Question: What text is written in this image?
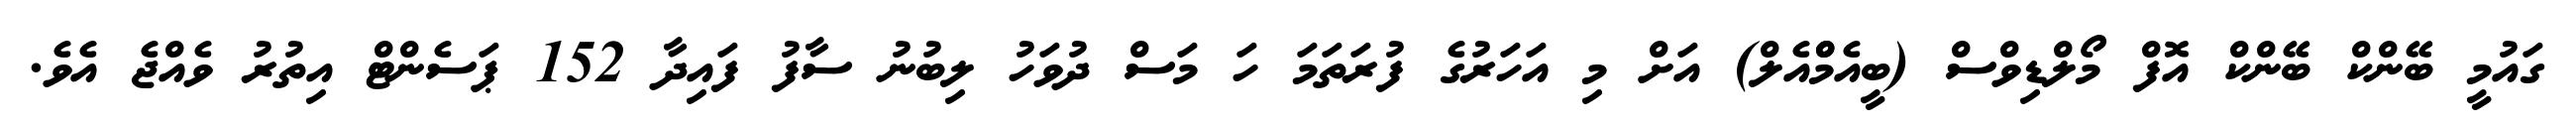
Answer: ގައުމީ ބޭންކް ބޭންކް އޮފް މޯލްޑިވްސް (ބީއެމްްއެލް) އަށް މި އަހަރުގެ ފުރަތަމަ ހަ މަސް ދުވަހު ލިބުނު ސާފު ފައިދާ 152 ޕަސެންޓް އިތުރު ވެއްޖެ އެވެ.